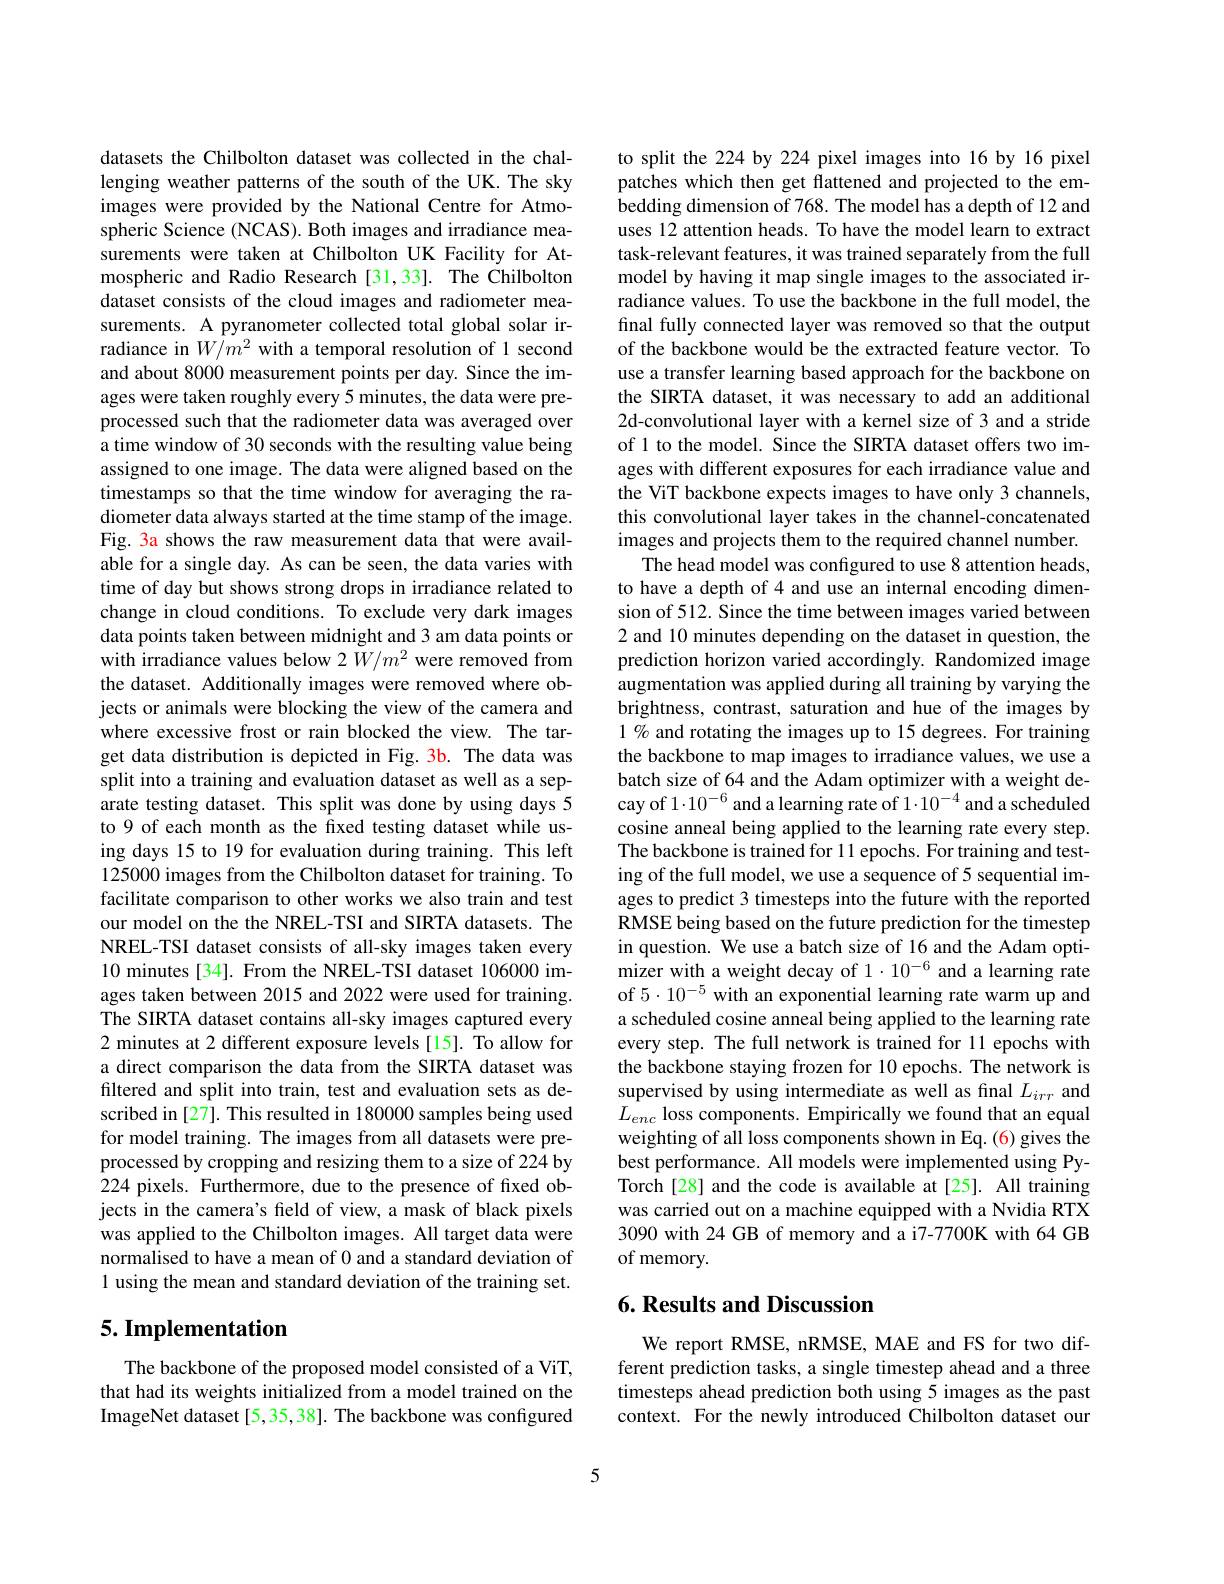
datasets the Chilbolton dataset was collected in the challenging weather patterns of the south of the UK. The sky images were provided by the National Centre for Atmospheric Science (NCAS). Both images and irradiance measurements were taken at Chilbolton UK Facility for Atmospheric and Radio Research [31,33]. The Chilbolton dataset consists of the cloud images and radiometer measurements. A pyranometer collected total global solar irradiance in $W/m^{2}$ with a temporal resolution of 1 second and about 8000 measurement points per day. Since the images were taken roughly every 5 minutes, the data were preprocessed such that the radiometer data was averaged over a time window of 30 seconds with the resulting value being assigned to one image. The data were aligned based on the timestamps so that the time window for averaging the radiometer data always started at the time stamp of the image. Fig. 3a shows the raw measurement data that were available for a single day. As can be seen, the data varies with time of day but shows strong drops in irradiance related to change in cloud conditions. To exclude very dark images data points taken between midnight and 3 am data points or with irradiance values below 2 $\tilde{W}/m^{2}$ were removed from the dataset. Additionally images were removed where objects or animals were blocking the view of the camera and where excessive frost or rain blocked the view. The target data distribution is depicted in Fig. 3b. The data was split into a training and evaluation dataset as well as a separate testing dataset. This split was done by using days 5 to 9 of each month as the fixed testing dataset while using days 15 to 19 for evaluation during training. This left 125000 images from the Chilbolton dataset for training. To facilitate comparison to other works we also train and test our model on the the NREL-TSI and SIRTA datasets. The NREL-TSI dataset consists of all-sky images taken every 10 minutes [34]. From the NREL-TSI dataset 106000 images taken between 2015 and 2022 were used for training. The SIRTA dataset contains all-sky images captured every 2 minutes at 2 different exposure levels [15]. To allow for a direct comparison the data from the SIRTA dataset was filtered and split into train, test and evaluation sets as described in [27]. This resulted in 180000 samples being used for model training. The images from all datasets were preprocessed by cropping and resizing them to a size of 224 by 224 pixels. Furthermore, due to the presence of fixed objects in the camera's feld of view, a mask of black pixels was applied to the Chilbolton images. All target data were normalised to have a mean of 0 and a standard deviation of 1 using the mean and standard deviation of the training set.

## 5. Implementation

The backbone of the proposed model consisted of a ViT, that had its weights initialized from a model trained on the ImageNet dataset [5,35,38]. The backbone was configured

to split the 224 by 224 pixel images into 16 by 16 pixel patches which then get flattened and projected to the embedding dimension of 768. The model has a depth of 12 and uses 12 attention heads. To have the model learn to extract task-relevant features, it was trained separately from the full model by having it map single images to the associated irradiance values. To use the backbone in the full model, the final fully connected layer was removed so that the output of the backbone would be the extracted feature vector. To use a transfer learning based approach for the backbone on the SIRTA dataset, it was necessary to add an additional 2d-convolutional layer with a kernel size of 3 and a stride of 1 to the model. Since the SIRTA dataset offers two images with different exposures for each irradiance value and the ViT backbone expects images to have only 3 channels, this convolutional layer takes in the channel-concatenated images and projects them to the required channel number.
The head model was configured to use 8 attention heads, to have a depth of 4 and use an internal encoding dimension of 512. Since the time between images varied between 2 and 10 minutes depending on the dataset in question, the prediction horizon varied accordingly. Randomized image augmentation was applied during all training by varying the brightness, contrast, saturation and hue of the images by 1% and rotating the images up to 15 degrees. For training the backbone to map images to irradiance values, we use a batch size of 64 and the Adam optimizer with a weight decay of $1\cdot10^{-6}$ and a learning rate of $1\cdot10^-4$ and a scheduled cosine anneal being applied to the learning rate every step. The backbone is trained for 11 epochs. For training and testing of the full model, we use a sequence of 5 sequential images to predict 3 timesteps into the future with the reported RMSE being based on the future prediction for the timestep in question. We use a batch size of 16 and the Adam optimizer with a weight decay of 1·10$^{-6}$ and a learning rate of $5\cdot10^{-5}$ with an exponential learning rate warm up and a scheduled cosine anneal being applied to the learning rate every step. The full network is trained for 11 epochs with the backbone staying frozen for 10 epochs. The network is supervised by using intermediate as well as final $L_irr$ and $\dot{L}_{enc}$ loss components. Empirically we found that an equal weighting of all loss components shown in Eq. (6) gives the best performance. All models were implemented using PyTorch[28] and the code is available at[25]. All training was carried out on a machine equipped with a Nvidia RTX 3090 with 24 GB of memory and a i7-7700K with 64 GB of memory.

## $6. \textbf{ Results and Discussion}$

We report RMSE, nRMSE, MAE and FS for two different prediction tasks, a single timestep ahead and a three timesteps ahead prediction both using 5 images as the past context. For the newly introduced Chilbolton dataset our

5